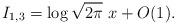
LaTeX: \begin{align*} I_{1,3}= \log\sqrt{2\pi} \ x+ O(1). \end{align*}